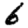
Digit: 6